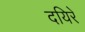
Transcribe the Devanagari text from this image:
दयिरे